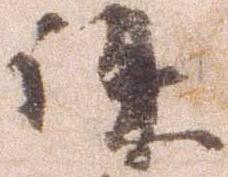
誅